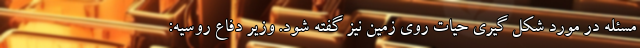
مسئله در مورد شکل گیری حیات روی زمین نیز گفته شود. وزیر دفاع روسیه: